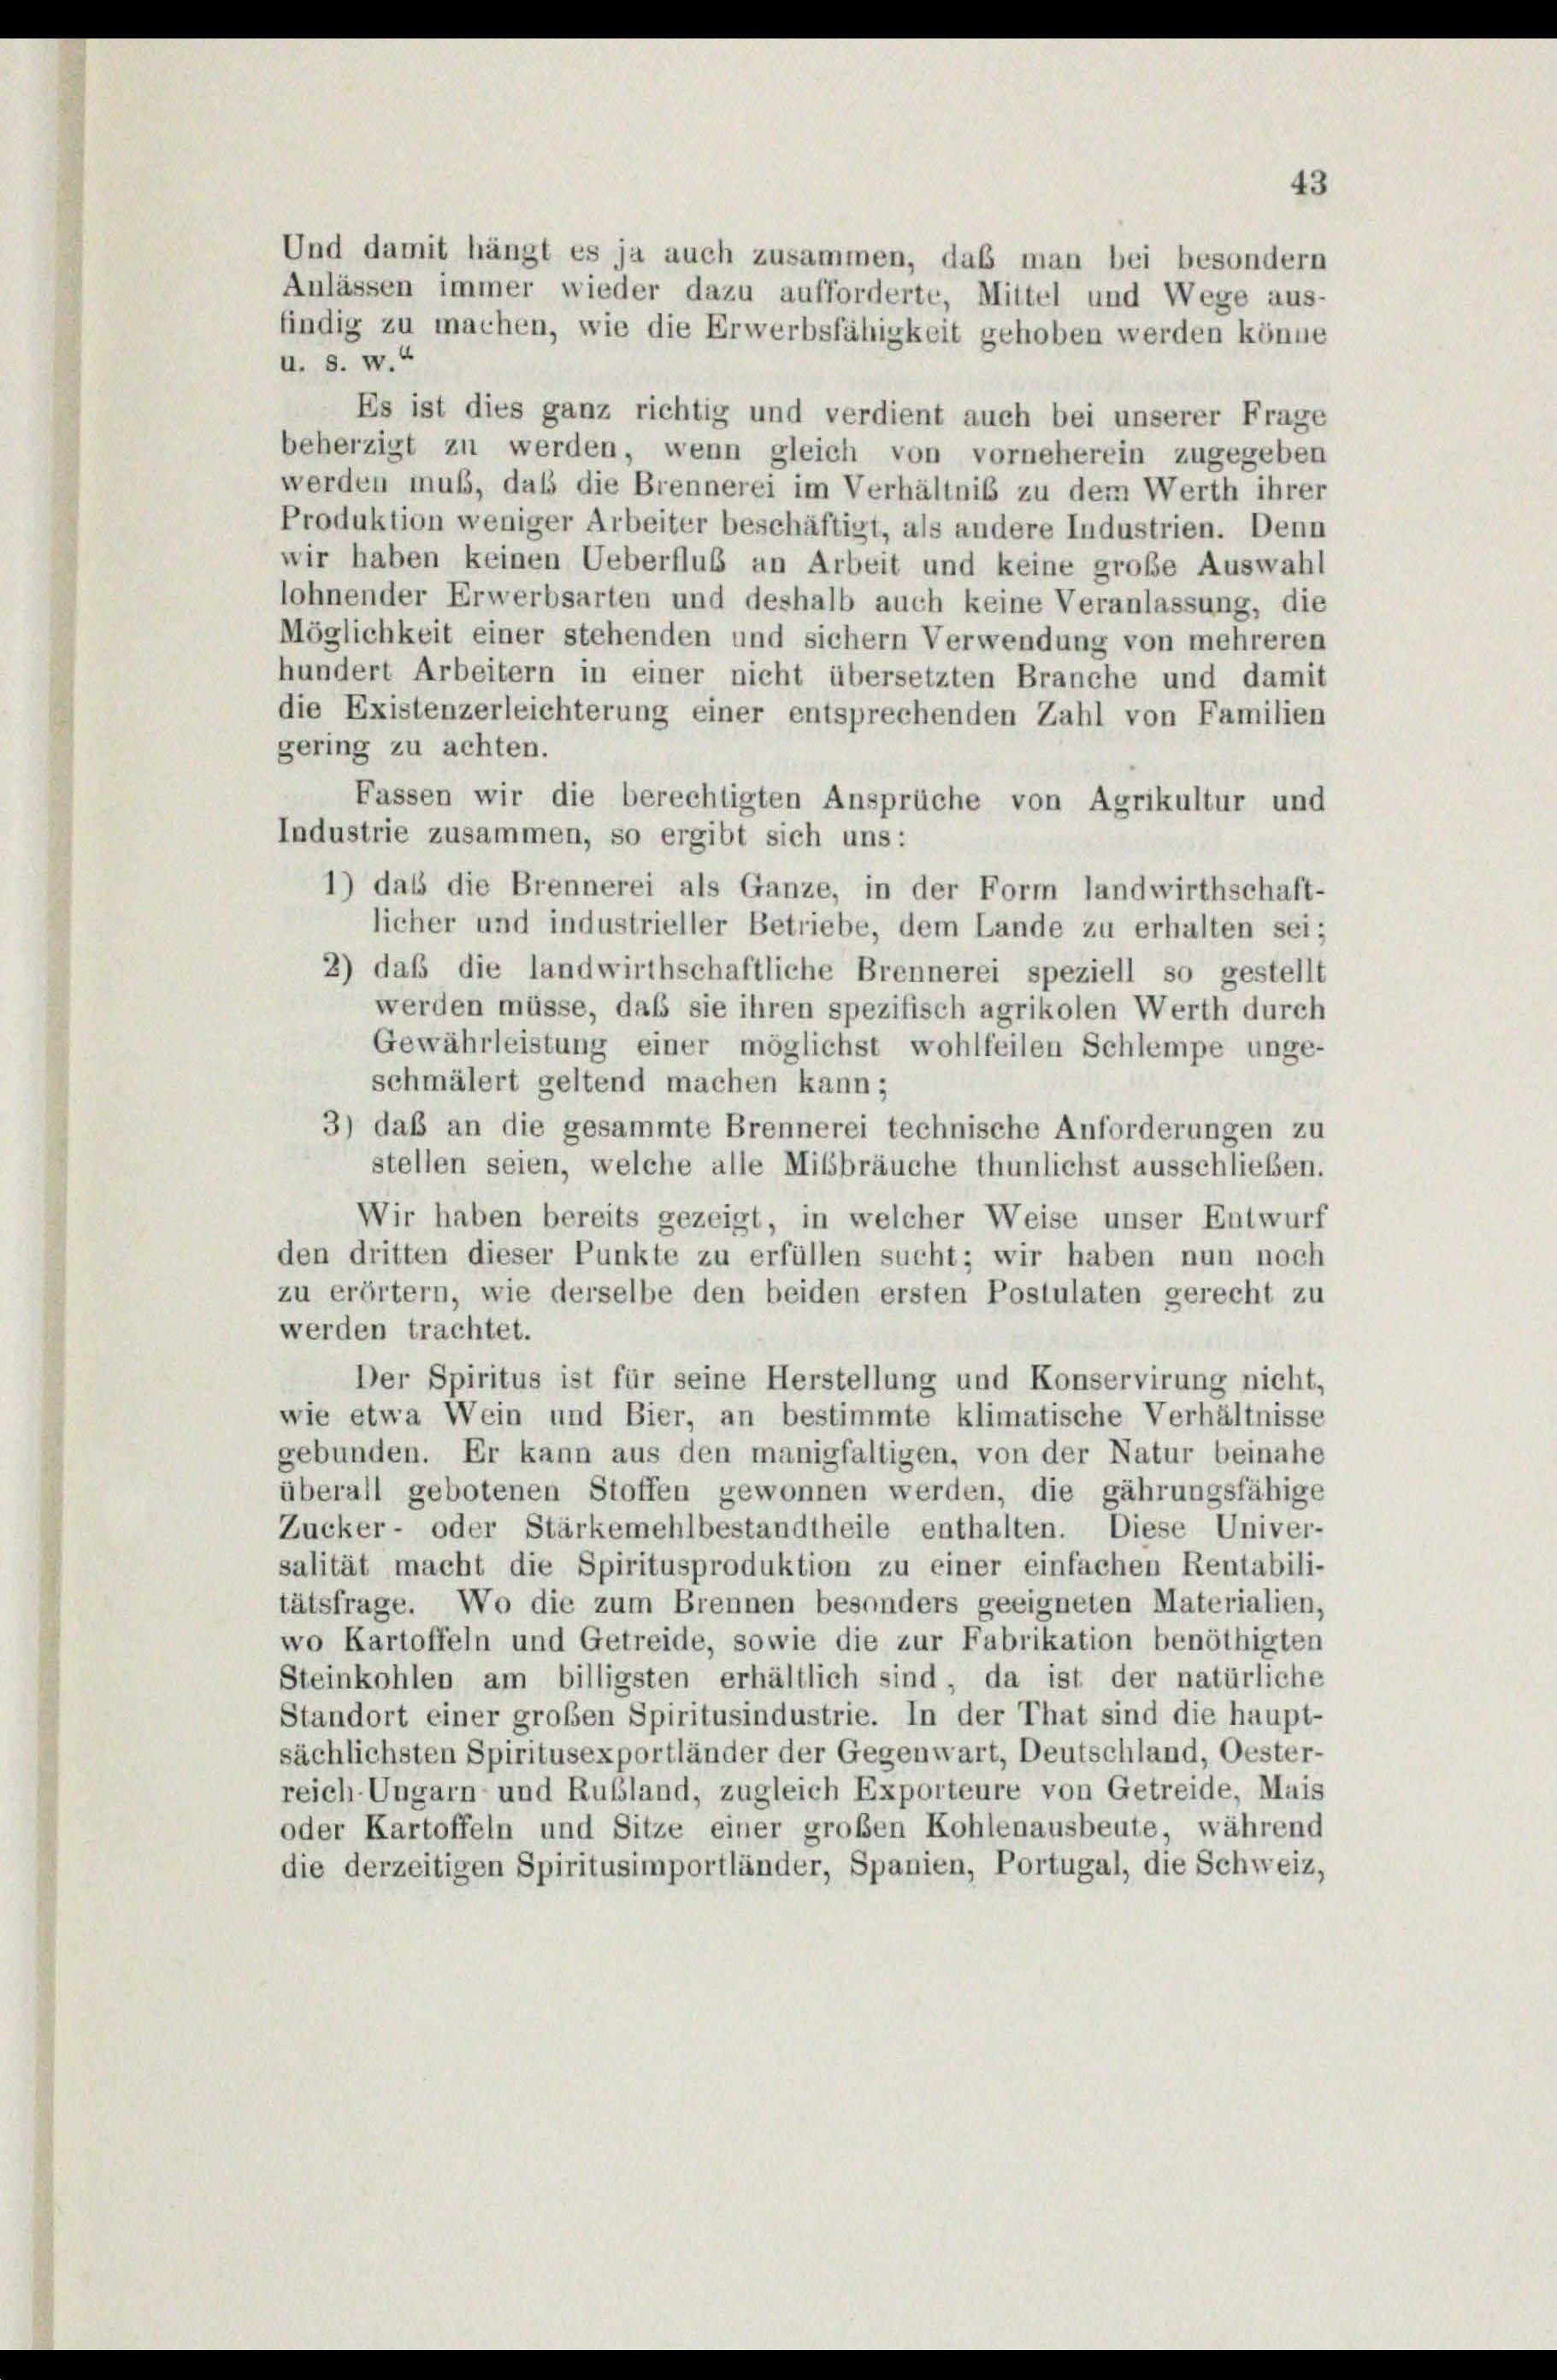
u. s. w.“

Es ist dies ganz richtig und verdient auch bei unserer Frage
beherzigt zu werden, wenn gleich von vorneherein zugegeben
werden muß, daß die Brennerei im Verhältnis zu dem Werth ihrer
Produktion weniger Arbeiter beschäftigt, als andere Industrien. Denn
wir haben keinen Ueberfluß an Arbeit und keine große Auswahl
lohnender Erwerbsarten und deshalb auch keine Veranlassung, die
Möglichkeit einer stehenden und sichern Verwendung von mehreren
hundert Arbeitern in einer nicht übersetzten Branche und damit
die Existenzerleichterung einer entsprechenden Zahl von Familien
gering zu achten.
Fassen wir die berechtigten Ansprüche von Agrikultur und
Industrie zusammen, so ergibt sich uns:
1) das die Brennerei als Ganze, in der Form landwirthschaft-
licher und industrieller Betriebe, dem Lande zu erhalten sei;
2) daß die landwirthschaftliche Brennerei speziell so gestellt
werden müsse, daß sie ihren spezifisch agrikolen Werth durch
Gewährleistung einer möglichst wohlfeilen Schlempe unge-
schmälert geltend machen kann;
3) daß an die gesammte Brennerei technische Anforderungen zu
stellen seien, welche alle Missbräuche thunlichst ausschließen.
Wir haben bereits gezeigt, in welcher Weise unser Entwurf
den dritten dieser Punkte zu erfüllen sucht; wir haben nun noch
zu erörtern, wie derselbe den beiden ersten Postulaten gerecht zu
werden trachtet.
Der Spiritus ist für seine Herstellung und Konservirung nicht,
wie etwa Wein und Bier, an bestimmte klimatische Verhältnisse
gebunden. Er kann aus den manigfaltigen, von der Natur beinahe
überall gebotenen Stoffen gewonnen werden, die jährungsfähige
Zucker- oder Stärkemehlbestandtheile enthalten. Diese Univer-
salität macht die Spiritusproduktion zu einer einfachen Rentabili-
tätsfrage. Wo die zum Brennen besonders geeigneten Materialien,
wo Kartoffeln und Getreide, sowie die zur Fabrikation benöthigten
Steinkohlen am billigsten erhältlich sind, da ist der natürliche
Standort einer großen Spiritusindustrie. In der That sind die haupt-
sächlichsten Spiritusexportländer der Gegenwart, Deutschland, Oester-
reich-Ungarn und Rußland, zugleich Exporteure von Getreide, Mais
oder Kartoffeln und Sitze einer großen Kohlenausbeute während
die derzeitigen Spiritusimportländer, Spanien, Portugal, die Schweiz,

Und damit hängt es ja auch zusammen, daß man bei besondern
Anlässen immer wieder dazu aufforderte, Mittel und Wege aus-
findig zu machen, wie die Erwerbsfähigkeit gehoben werden könne

43